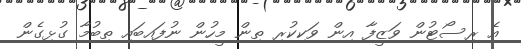
އެ ރިސޯޓުން ވަޒީފާ އިން ވަކިކުރި ތިން މީހުން ނުފައިބައި ތިބުމާ ގުޅިގެން